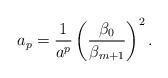
LaTeX: \begin{align*}a_p=\frac{1}{a^p} \left(\frac{\beta_0}{\beta_{m+1}}\right)^2.\end{align*}